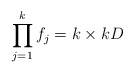
\begin{align*} \prod_{j=1}^k f_j = k \times k D \end{align*}